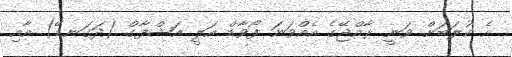
އެ ކުލަބަށް ވަނީ ރާއްޖޭގެ އެއްވަނަ ފޯވާޑް އަލީ އަޝްފާގް (ދަގަނޑޭ) އާއި